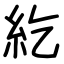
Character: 紇